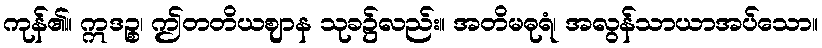
ကုန်၏။ ဣဒဉ္စ၊ ဤတတိယဈာန သုခ၌လည်း။ အတိမဓုရံ၊ အလွန်သာယာအပ်သော။